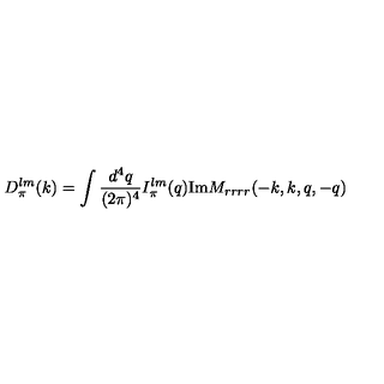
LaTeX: D _ { \pi } ^ { l m } ( k ) = \int { \frac { d ^ { 4 } q } { ( 2 \pi ) ^ { 4 } } } I _ { \pi } ^ { l m } ( q ) \mathrm { I m } M _ { r r r r } ( - k , k , q , - q )